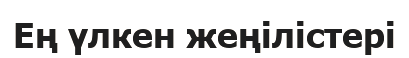
Ең үлкен жеңілістері